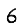
Digit: 6